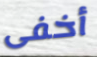
أخفى